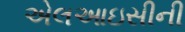
એલઆઇસીની